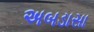
અબડાસા